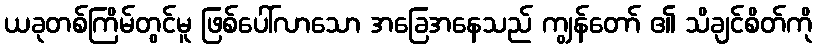
ယခုတစ်ကြိမ်တွင်မူ ဖြစ်ပေါ်လာသော အခြေအနေသည် ကျွန်တော် ၏ သိချင်စိတ်ကို